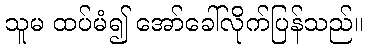
သူမ ထပ်မံ၍ အော်ခေါ်လိုက်ပြန်သည်။